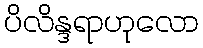
ပိလိန္ဒရာဟုလော